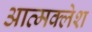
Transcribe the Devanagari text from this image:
आत्मक्लेश